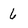
Character: 6